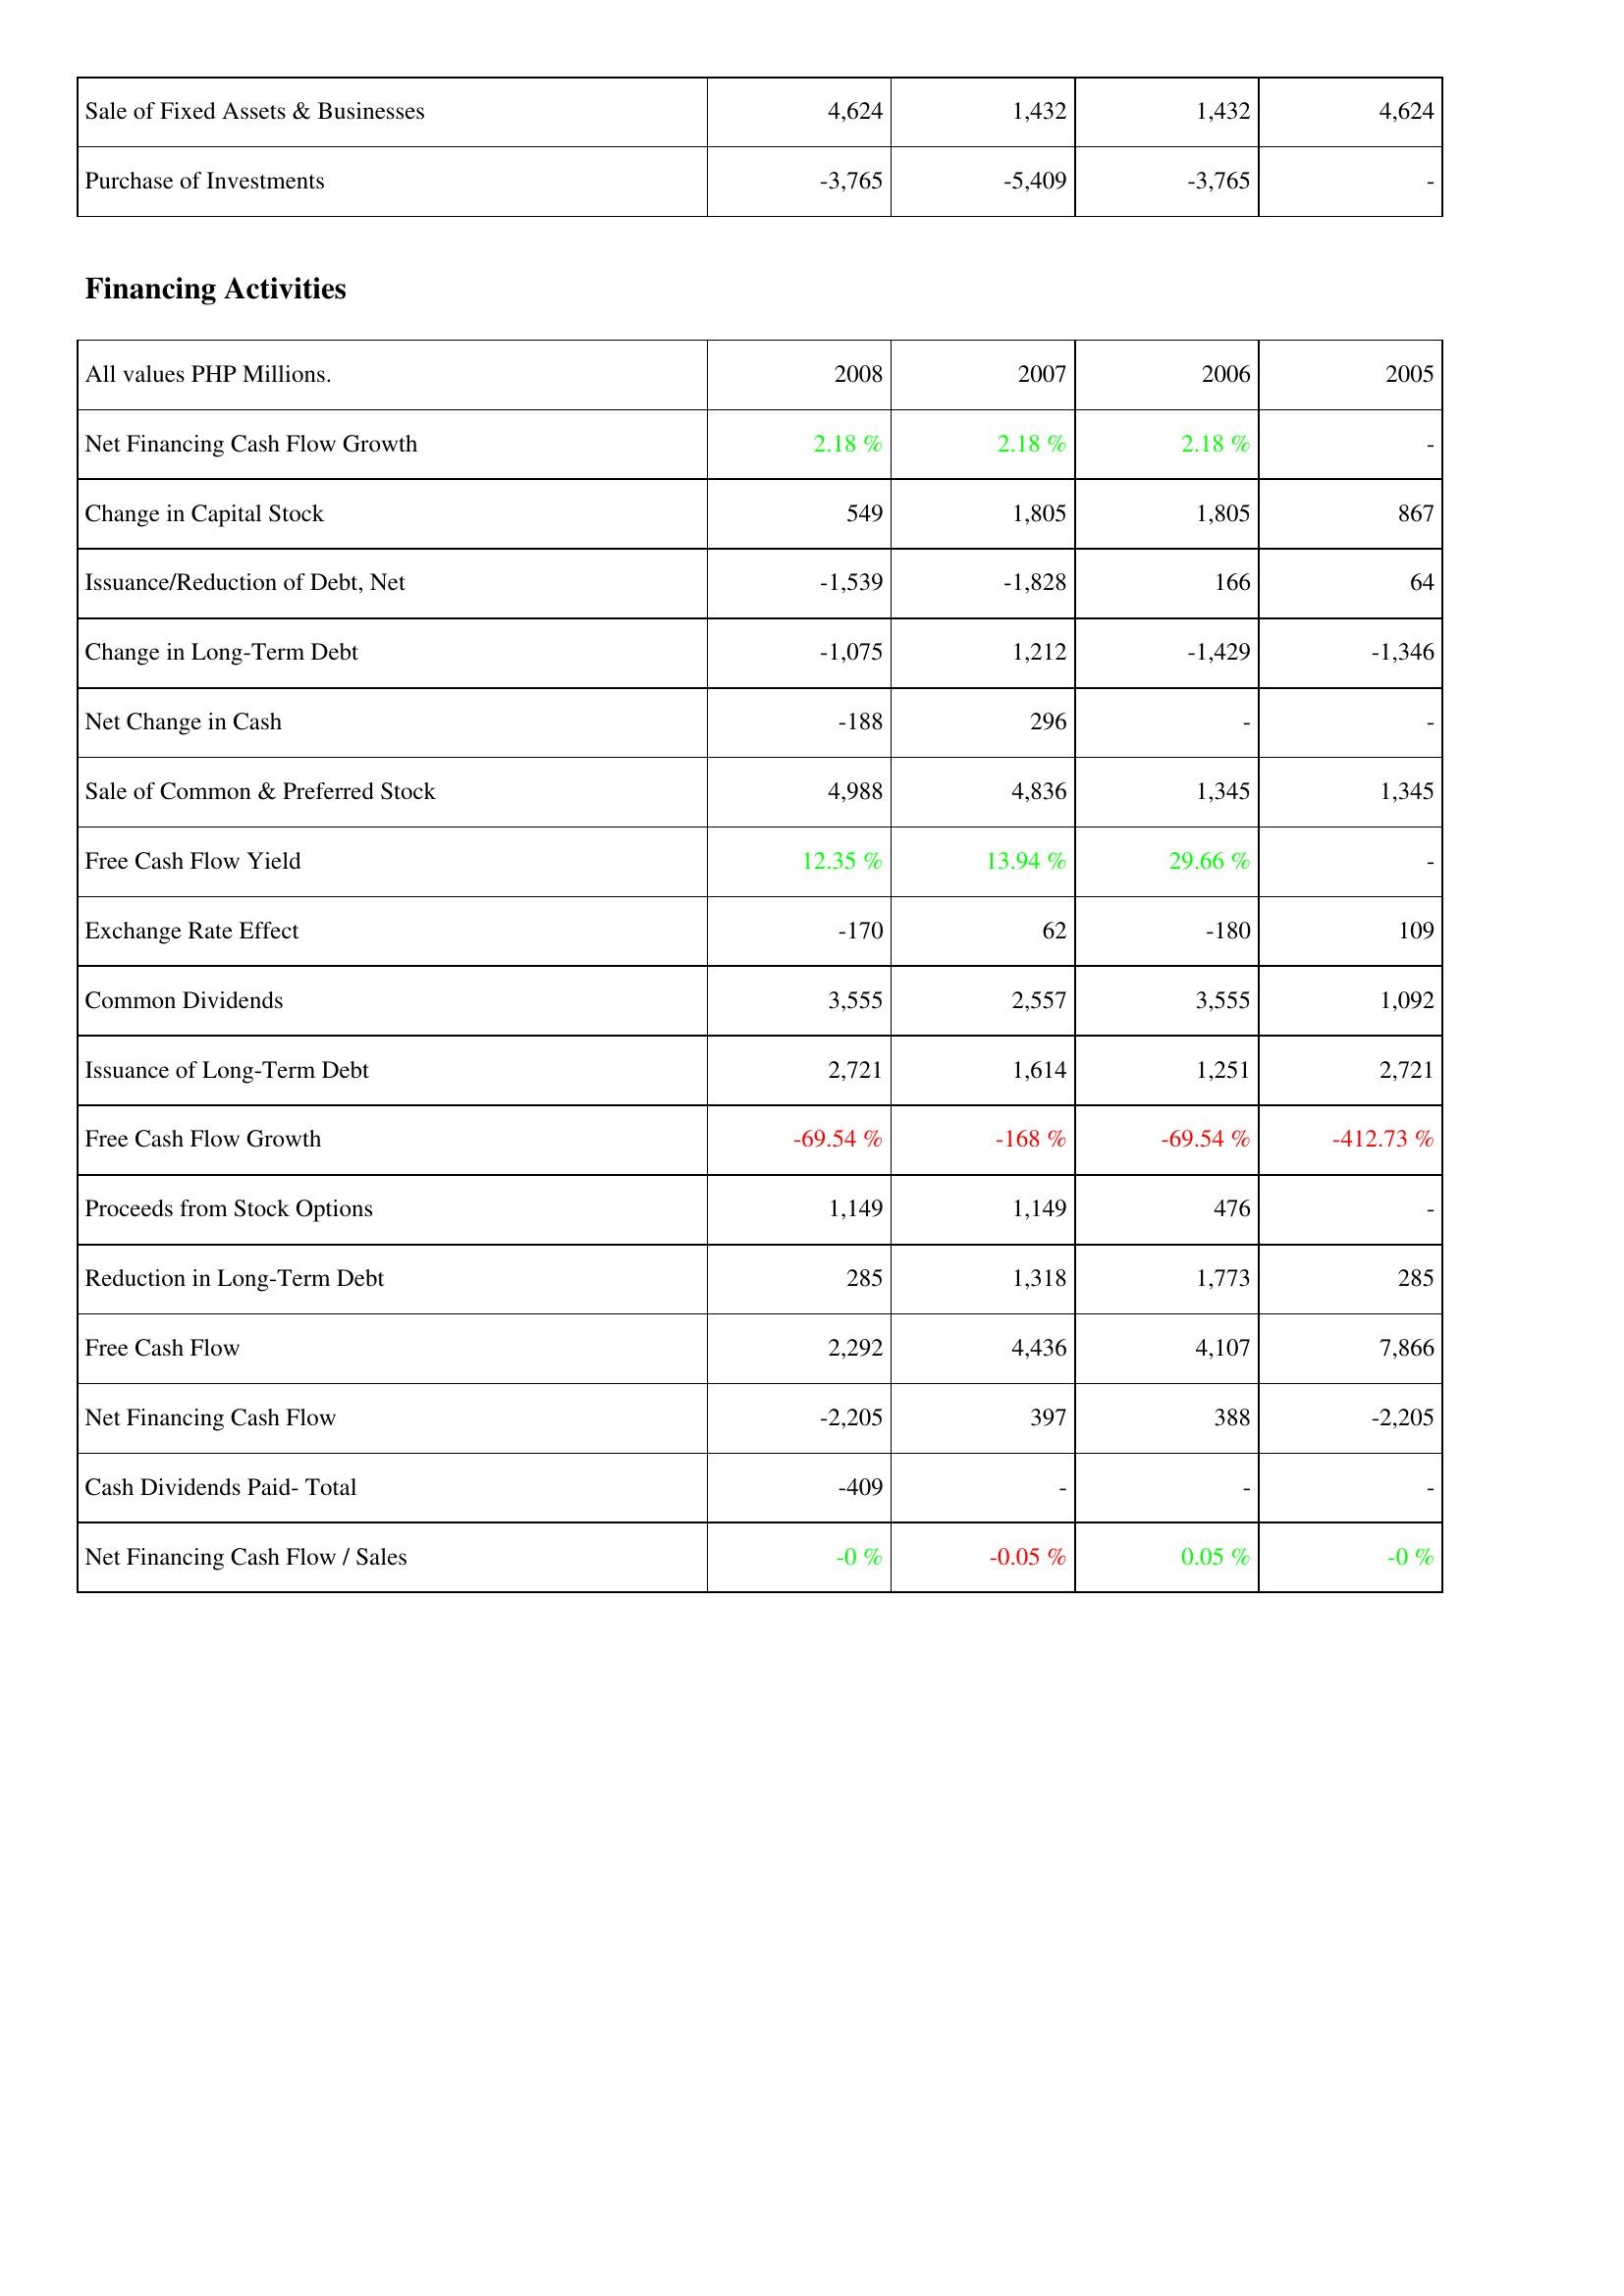
2008: Investing Activities: Sale of Fixed Assets & Businesses: 4,624
Purchase of Investments: -3,765
Financing Activities: Net Financing Cash Flow Growth: 2.18 %
Change in Capital Stock: 549
Issuance/Reduction of Debt, Net: -1,539
Change in Long-Term Debt: -1,075
Net Change in Cash: -188
Sale of Common & Preferred Stock: 4,988
Free Cash Flow Yield: 12.35 %
Exchange Rate Effect: -170
Common Dividends: 3,555
Issuance of Long-Term Debt: 2,721
Free Cash Flow Growth: -69.54 %
Proceeds from Stock Options: 1,149
Reduction in Long-Term Debt: 285
Free Cash Flow: 2,292
Net Financing Cash Flow: -2,205
Cash Dividends Paid- Total: -409
Net Financing Cash Flow / Sales: -0 %
2007: Investing Activities: Sale of Fixed Assets & Businesses: 1,432
Purchase of Investments: -5,409
Financing Activities: Net Financing Cash Flow Growth: 2.18 %
Change in Capital Stock: 1,805
Issuance/Reduction of Debt, Net: -1,828
Change in Long-Term Debt: 1,212
Net Change in Cash: 296
Sale of Common & Preferred Stock: 4,836
Free Cash Flow Yield: 13.94 %
Exchange Rate Effect: 62
Common Dividends: 2,557
Issuance of Long-Term Debt: 1,614
Free Cash Flow Growth: -168 %
Proceeds from Stock Options: 1,149
Reduction in Long-Term Debt: 1,318
Free Cash Flow: 4,436
Net Financing Cash Flow: 397
Cash Dividends Paid- Total: -
Net Financing Cash Flow / Sales: -0.05 %
2006: Investing Activities: Sale of Fixed Assets & Businesses: 1,432
Purchase of Investments: -3,765
Financing Activities: Net Financing Cash Flow Growth: 2.18 %
Change in Capital Stock: 1,805
Issuance/Reduction of Debt, Net: 166
Change in Long-Term Debt: -1,429
Net Change in Cash: -
Sale of Common & Preferred Stock: 1,345
Free Cash Flow Yield: 29.66 %
Exchange Rate Effect: -180
Common Dividends: 3,555
Issuance of Long-Term Debt: 1,251
Free Cash Flow Growth: -69.54 %
Proceeds from Stock Options: 476
Reduction in Long-Term Debt: 1,773
Free Cash Flow: 4,107
Net Financing Cash Flow: 388
Cash Dividends Paid- Total: -
Net Financing Cash Flow / Sales: 0.05 %
2005: Investing Activities: Sale of Fixed Assets & Businesses: 4,624
Purchase of Investments: -
Financing Activities: Net Financing Cash Flow Growth: -
Change in Capital Stock: 867
Issuance/Reduction of Debt, Net: 64
Change in Long-Term Debt: -1,346
Net Change in Cash: -
Sale of Common & Preferred Stock: 1,345
Free Cash Flow Yield: -
Exchange Rate Effect: 109
Common Dividends: 1,092
Issuance of Long-Term Debt: 2,721
Free Cash Flow Growth: -412.73 %
Proceeds from Stock Options: -
Reduction in Long-Term Debt: 285
Free Cash Flow: 7,866
Net Financing Cash Flow: -2,205
Cash Dividends Paid- Total: -
Net Financing Cash Flow / Sales: -0 %